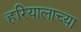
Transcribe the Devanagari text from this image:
हरियालाच्या